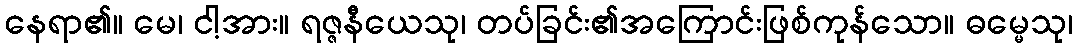
နေရာ၏။ မေ၊ ငါ့အား။ ရဇ္ဇနီယေသု၊ တပ်ခြင်း၏အကြောင်းဖြစ်ကုန်သော။ ဓမ္မေသု၊